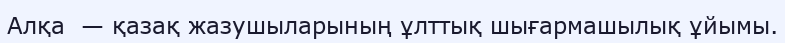
Алқа  — қазақ жазушыларының ұлттық шығармашылық ұйымы.